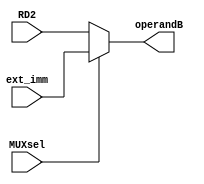
`timescale 1ns / 1ps
//////////////////////////////////////////////////////////////////////////////////
// Company: 
// Engineer: 
// 
// Design Name: 
// Module Name: Mux1
// Project Name: 
// Target Devices: 
// Tool Versions: 
// Description: 
// 
// Dependencies: 
// 
// Revision:
// Revision 0.01 - File Created
// Additional Comments:
// 
//////////////////////////////////////////////////////////////////////////////////


module Mux1(RD2,ext_imm, operandB, MUXsel);
    
    input MUXsel;
    input [31:0] RD2;
    input [31:0] ext_imm;
    output [31:0] operandB;
    
    wire [31:0] operandB;
    
    //shortened if statement...i.e. if mux is 1 then it selects RD2 otherwise it selects ext_imm
    //If 0, select RD2 for R-type instruction
    //If 1, select ext_imm for I-type instruction
    
    assign operandB = (MUXsel) ? ext_imm : RD2;
    
    
    
    
endmodule